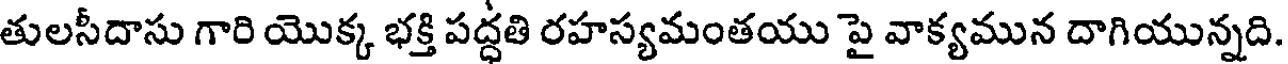
తులసీదాసు గారి యొక్క భక్తి పద్ధతి రహస్యమంతయు పై వాక్యమున దాగియున్నది